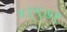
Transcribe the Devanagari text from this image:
४१९७१